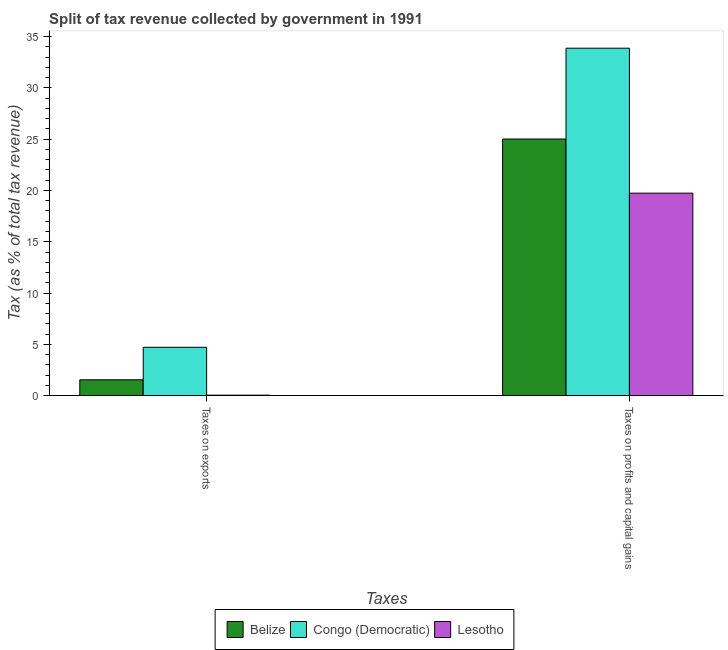
| Taxes | Belize | Congo (Democratic) | Lesotho |
 | --- | --- | --- | --- |
 | Taxes on exports | 1.54 | 4.71 | 0.048 |
 | Taxes on profits and capital gains | 25 | 33.9 | 19.7 |